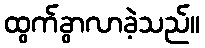
ထွက်ခွာလာခဲ့သည်။